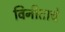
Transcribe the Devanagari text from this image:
विनीताचे